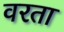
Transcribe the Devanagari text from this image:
वरता